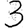
Digit: 3